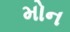
મોન